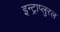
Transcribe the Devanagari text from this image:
इन्ट्राप्लुरल